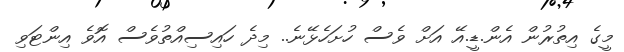
މީގެ އިތުރުން އެން.ޑީ.އޭ އަށް ވެސް ހުށަހެޅޭނެ.. މިދެ ހައިސިއްތުވެސް އޮވެ އިންޓަވި